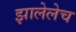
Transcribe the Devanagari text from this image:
झालेलेच